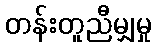
တန်းတူညီမျှမှု